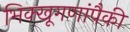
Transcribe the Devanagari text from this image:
भिक्खूगणांपैकी